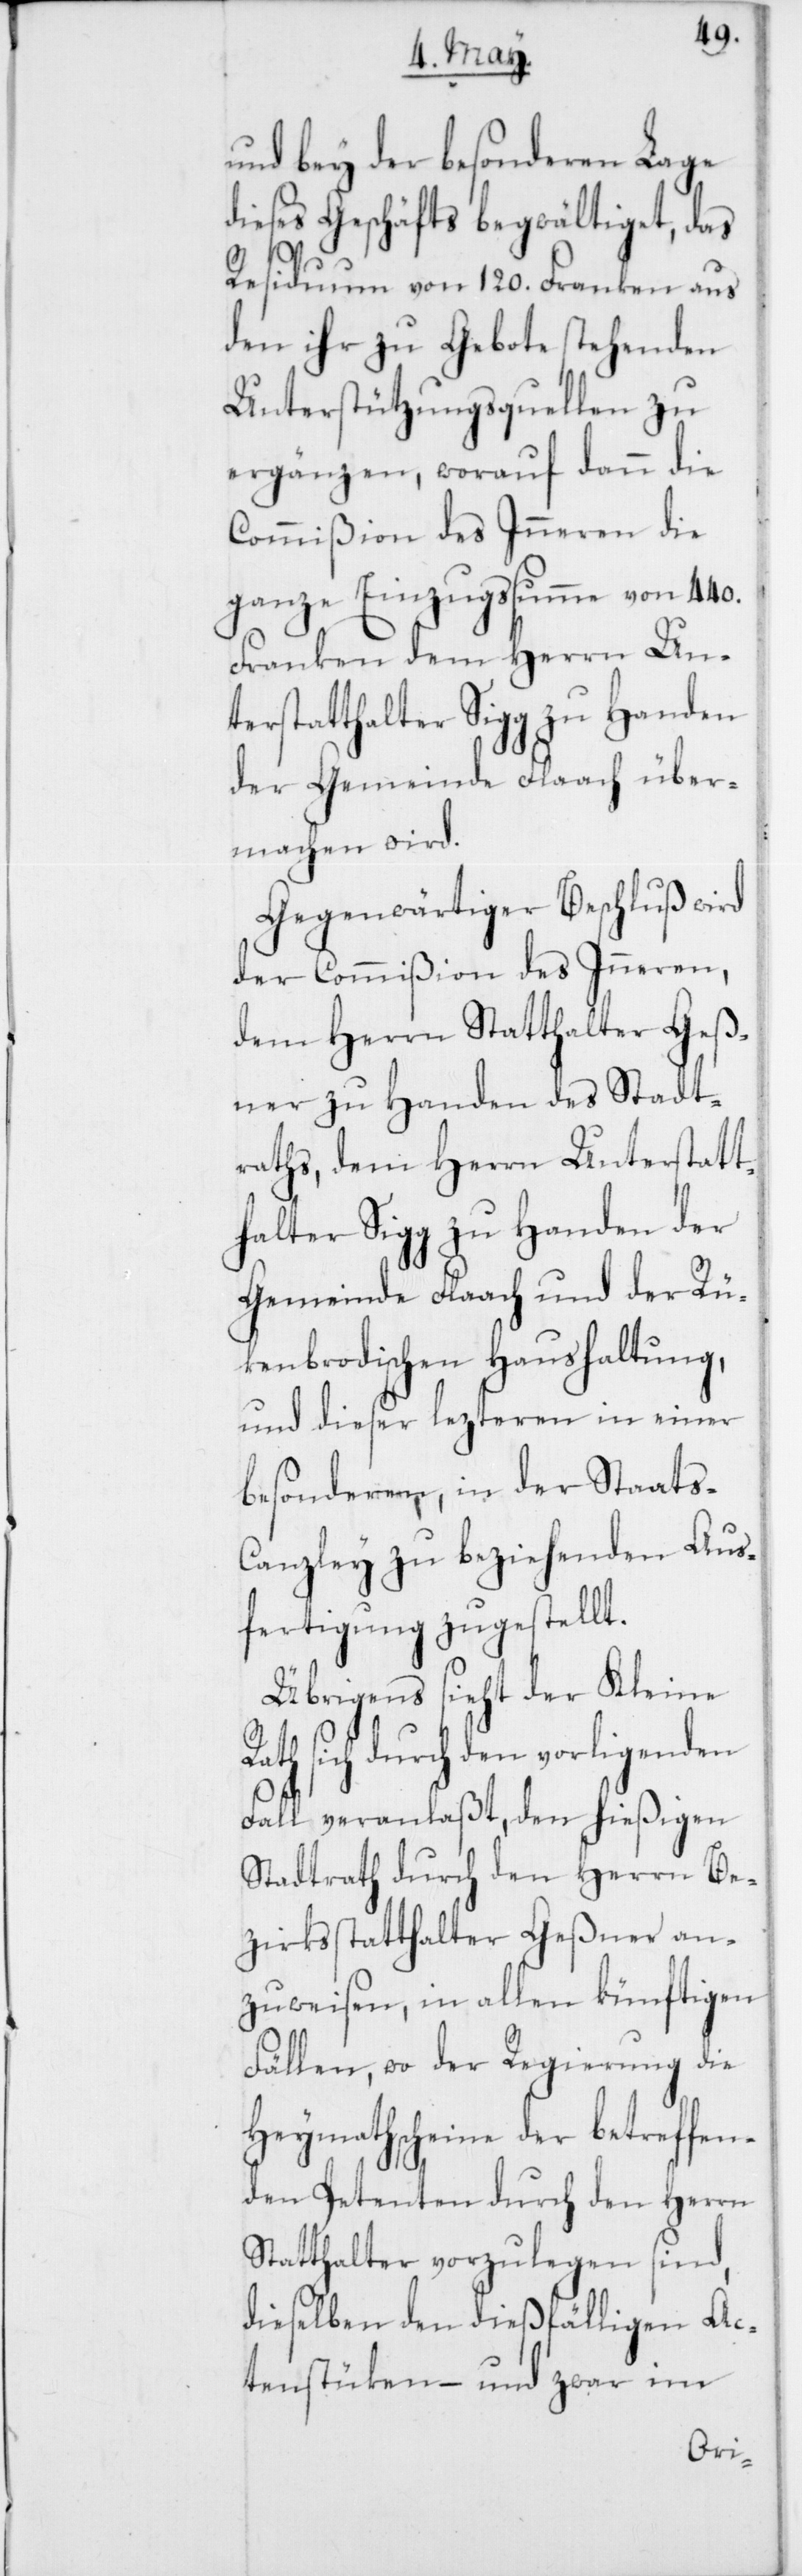
und bey der besonderen Lage
dieses Geschäfts begwältiget, das
Residuum von 120. Franken aus
den ihr zu Gebote stehenden
Unterstützungsquellen zu
ergänzen, worauf dann die
Commißion des Inneren die
ganze Einzugssumme von 440.
Franken dem Herrn Unt¬
erstatthalter Sigg zu Handen
der Gemeinde Flaach über¬
machen wird.
Gegenwärtiger Beschluß wird
der Commißion des Inneren,
dem Herrn Statthalter Geß¬
ner zu Handen des Stadt¬
raths, dem Herrn Unterstatt¬
halter Sigg zu Handen der
Gemeinde Flaach und der Rü¬
kenbrodischen Haushaltung,
und dieser lezteren in einer
besonderen, in der Staats-C¬
anzlei zu beziehenden Aus¬
fertigung zugestellt.
Übrigens sieht der Kleine
sich durch den vorligenden
Fall veranlaßt, den hießigen
Stadtrath durch den Herrn Be¬
zirksstatthalter Geßner an¬
zuweisen, in allen künftigen
Fällen, wo der Regierung die
Heymathscheine der betreffen¬
den Petenten durch den Herrn
Statthalter vorzulegen sind,
dieselben den dießfälligen Ac¬
tenstüken, – und zwar im